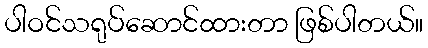
ပါဝင်သရုပ်ဆောင်ထားတာ ဖြစ်ပါတယ်။